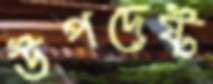
উপদেষ্ট